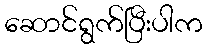
ဆောင်ရွက်ပြီးပါက